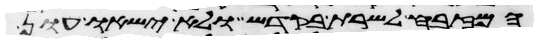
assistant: המזבח לשרת בקדש ולא ישאו עון